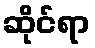
ဆိုင်ရာ